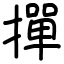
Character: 撣